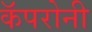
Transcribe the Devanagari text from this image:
कॅपरोनी